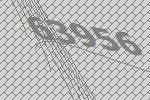
63956